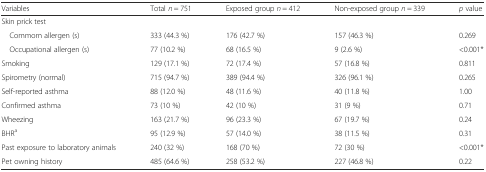
<table><thead><tr><td><b>Variables</b></td><td><b>Total <i>n</i> = 751</b></td><td><b>Exposed group <i>n</i> = 412</b></td><td><b>Non-exposed group <i>n</i> = 339</b></td><td><b><i>p</i> value</b></td></tr></thead><tbody><tr><td>Skin prick test</td><td></td><td></td><td></td><td></td></tr><tr><td> Commom allergen (s)</td><td>333 (44.3 %)</td><td>176 (42.7 %)</td><td>157 (46.3 %)</td><td>0.269</td></tr><tr><td> Occupational allergen (s)</td><td>77 (10.2 %)</td><td>68 (16.5 %)</td><td>9 (2.6 %)</td><td>&lt;0.001*</td></tr><tr><td>Smoking</td><td>129 (17.1 %)</td><td>72 (17.4 %)</td><td>57 (16.8 %)</td><td>0.811</td></tr><tr><td>Spirometry (normal)</td><td>715 (94.7 %)</td><td>389 (94.4 %)</td><td>326 (96.1 %)</td><td>0.265</td></tr><tr><td>Self-reported asthma</td><td>88 (12.0 %)</td><td>48 (11.6 %)</td><td>40 (11.8 %)</td><td>1.00</td></tr><tr><td>Confirmed asthma</td><td>73 (10 %)</td><td>42 (10 %)</td><td>31 (9 %)</td><td>0.71</td></tr><tr><td>Wheezing</td><td>163 (21.7 %)</td><td>96 (23.3 %)</td><td>67 (19.7 %)</td><td>0.24</td></tr><tr><td>BHR<sup>a</sup></td><td>95 (12.9 %)</td><td>57 (14.0 %)</td><td>38 (11.5 %)</td><td>0.31</td></tr><tr><td>Past exposure to laboratory animals</td><td>240 (32 %)</td><td>168 (70 %)</td><td>72 (30 %)</td><td>&lt;0.001*</td></tr><tr><td>Pet owning history</td><td>485 (64.6 %)</td><td>258 (53.2 %)</td><td>227 (46.8 %)</td><td>0.22</td></tr></tbody></table>